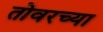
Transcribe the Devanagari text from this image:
तोवरच्या